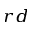
^ { r d }